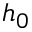
h _ { 0 }